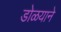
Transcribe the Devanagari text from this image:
डोळयाने